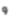
و